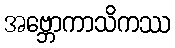
အဗ္ဘောကာသိကဿ